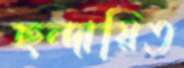
ছন্দায়িত